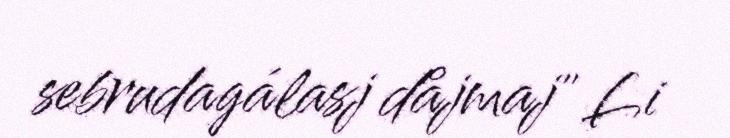
sebrudagálasj dåjmaj" Li